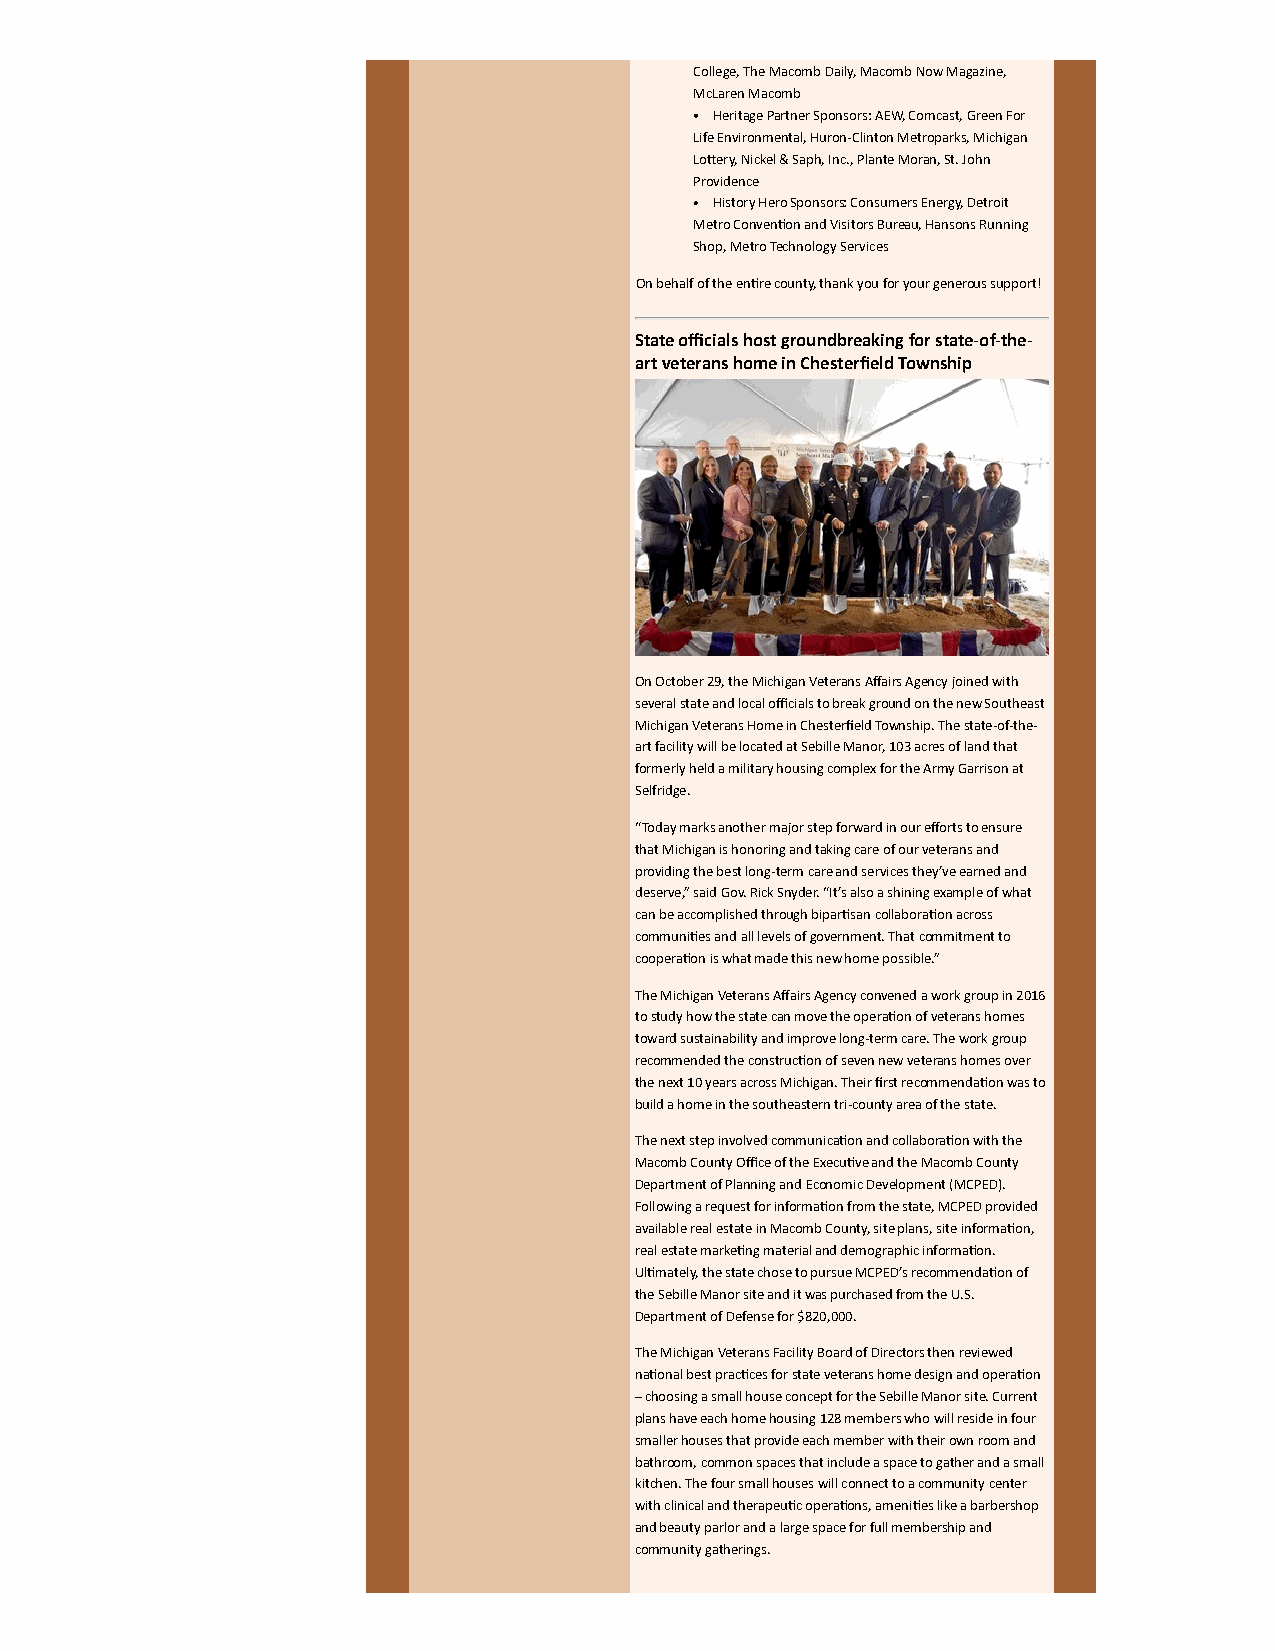
College, The Macomb Daily, Macomb Now Magazine,
 McLaren Macomb
 Heritage Partner Sponsors: AEW, Comcast, Green For
 Life Environmental, Huron-Clinton Metroparks, Michigan
 Loery, Nickel & Saph, Inc., Plante Moran, St. John
 Providence
 History Hero Sponsors: Consumers Energy, Detroit
 Metro Convenon and Visitors Bureau, Hansons Running
 Shop, Metro Technology Services
 On behalf of the enre county, thank you for your generous support!
 State officials host groundbreaking for state-of-the-
 art veterans home in Chesterfield Township
 On October 29, the Michigan Veterans Affairs Agency joined with
 several state and local officials to break ground on the new Southeast
 Michigan Veterans Home in Chesterfield Township. The state-of-the-
 art facility will be located at Sebille Manor, 103 acres of land that
 formerly held a military housing complex for the Army Garrison at
 Selfridge.
 “Today marks another major step forward in our efforts to ensure
 that Michigan is honoring and taking care of our veterans and
 providing the best long-term care and services they’ve earned and
 deserve,” said Gov. Rick Snyder. “It’s also a shining example of what
 can be accomplished through biparsan collaboraon across
 communies and all levels of government. That commitment to
 cooperaon is what made this new home possible.”
 The Michigan Veterans Affairs Agency convened a work group in 2016
 to study how the state can move the operaon of veterans homes
 toward sustainability and improve long-term care. The work group
 recommended the construcon of seven new veterans homes over
 the next 10 years across Michigan. Their first recommendaon was to
 build a home in the southeastern tri-county area of the state.
 The next step involved communicaon and collaboraon with the
 Macomb County Office of the Execuve and the Macomb County
 Department of Planning and Economic Development (MCPED).
 Following a request for informaon from the state, MCPED provided
 available real estate in Macomb County, site plans, site informaon,
 real estate markeng material and demographic informaon.
 Ulmately, the state chose to pursue MCPED’s recommendaon of
 the Sebille Manor site and it was purchased from the U.S.
 Department of Defense for $820,000.
 The Michigan Veterans Facility Board of Directors then reviewed
 naonal best pracces for state veterans home design and operaon
 – choosing a small house concept for the Sebille Manor site. Current
 plans have each home housing 128 members who will reside in four
 smaller houses that provide each member with their own room and
 bathroom, common spaces that include a space to gather and a small
 kitchen. The four small houses will connect to a community center
 with clinical and therapeuc operaons, amenies like a barbershop
 and beauty parlor and a large space for full membership and
 community gatherings.